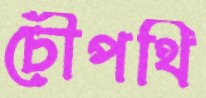
চৌপথি